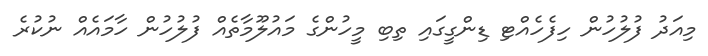
މިއަދު ފުލުހުން ހިފެހެއްޓި ޑިންގީގައި ތިބި މީހުންގެ މައުލޫމާތެއް ފުލުހުން ހާމައެއް ނުކުރެ